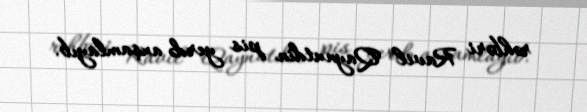
rəhbəri Ravil Qaynutdin pis yerdə axşamlayıb.